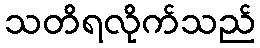
သတိရလိုက်သည်